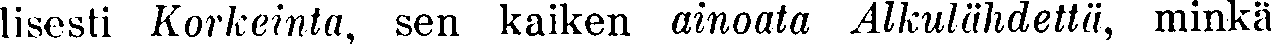
lisesti Korkeinta, sen kaiken ainoata Alkulähdettä, minkä